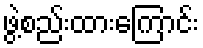
ဖွဲ့စည်းထားကြောင်း